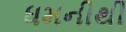
ધમનીથી